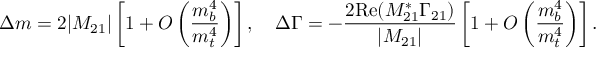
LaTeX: \Delta m = 2 | M _ { 2 1 } | \left[ 1 + { \cal O } \left( \frac { m _ { b } ^ { 4 } } { m _ { t } ^ { 4 } } \right) \right] , \quad \Delta \Gamma = - \frac { 2 \mathrm { R e } ( M _ { 2 1 } ^ { * } \Gamma _ { 2 1 } ) } { | M _ { 2 1 } | } \left[ 1 + { \cal O } \left( \frac { m _ { b } ^ { 4 } } { m _ { t } ^ { 4 } } \right) \right] .